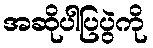
အဆိုပါပြပွဲကို